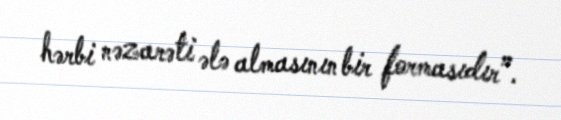
hərbi nəzarəti ələ almasının bir formasıdır”.